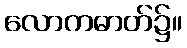
လောကဓာတ်၌။